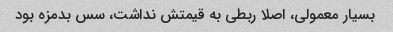
بسیار معمولی، اصلا ربطی به قیمتش نداشت، سس بدمزه بود